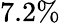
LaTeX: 7.2\%